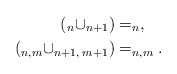
\begin{align*}(_n\cup_{n+1})&=_n,\\(_{n,m}\cup_{n+1,\; m+1})&=_{n,m}.\end{align*}